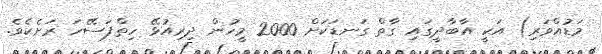
މަޑުއްވަރި) އަކީ އާބާދީގައި ގާތް ގަނޑަކަށް 2000 މީހުން ދިރިއުޅޭ ހިތްފަސޭހަ ރަށެކެވެ.